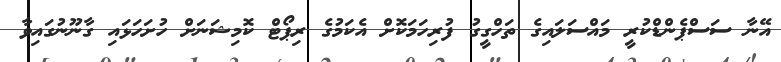
އޭނާ ސަސްޕެންޑްކުރީ މައްސަލައިގެ ތަހްގީގު ފުރިހަމަކޮށް އެކަމުގެ ރިޕޯޓް ކޮމިޝަނަށް ހުށަހަޅައި ގާނޫނުގައިވާ